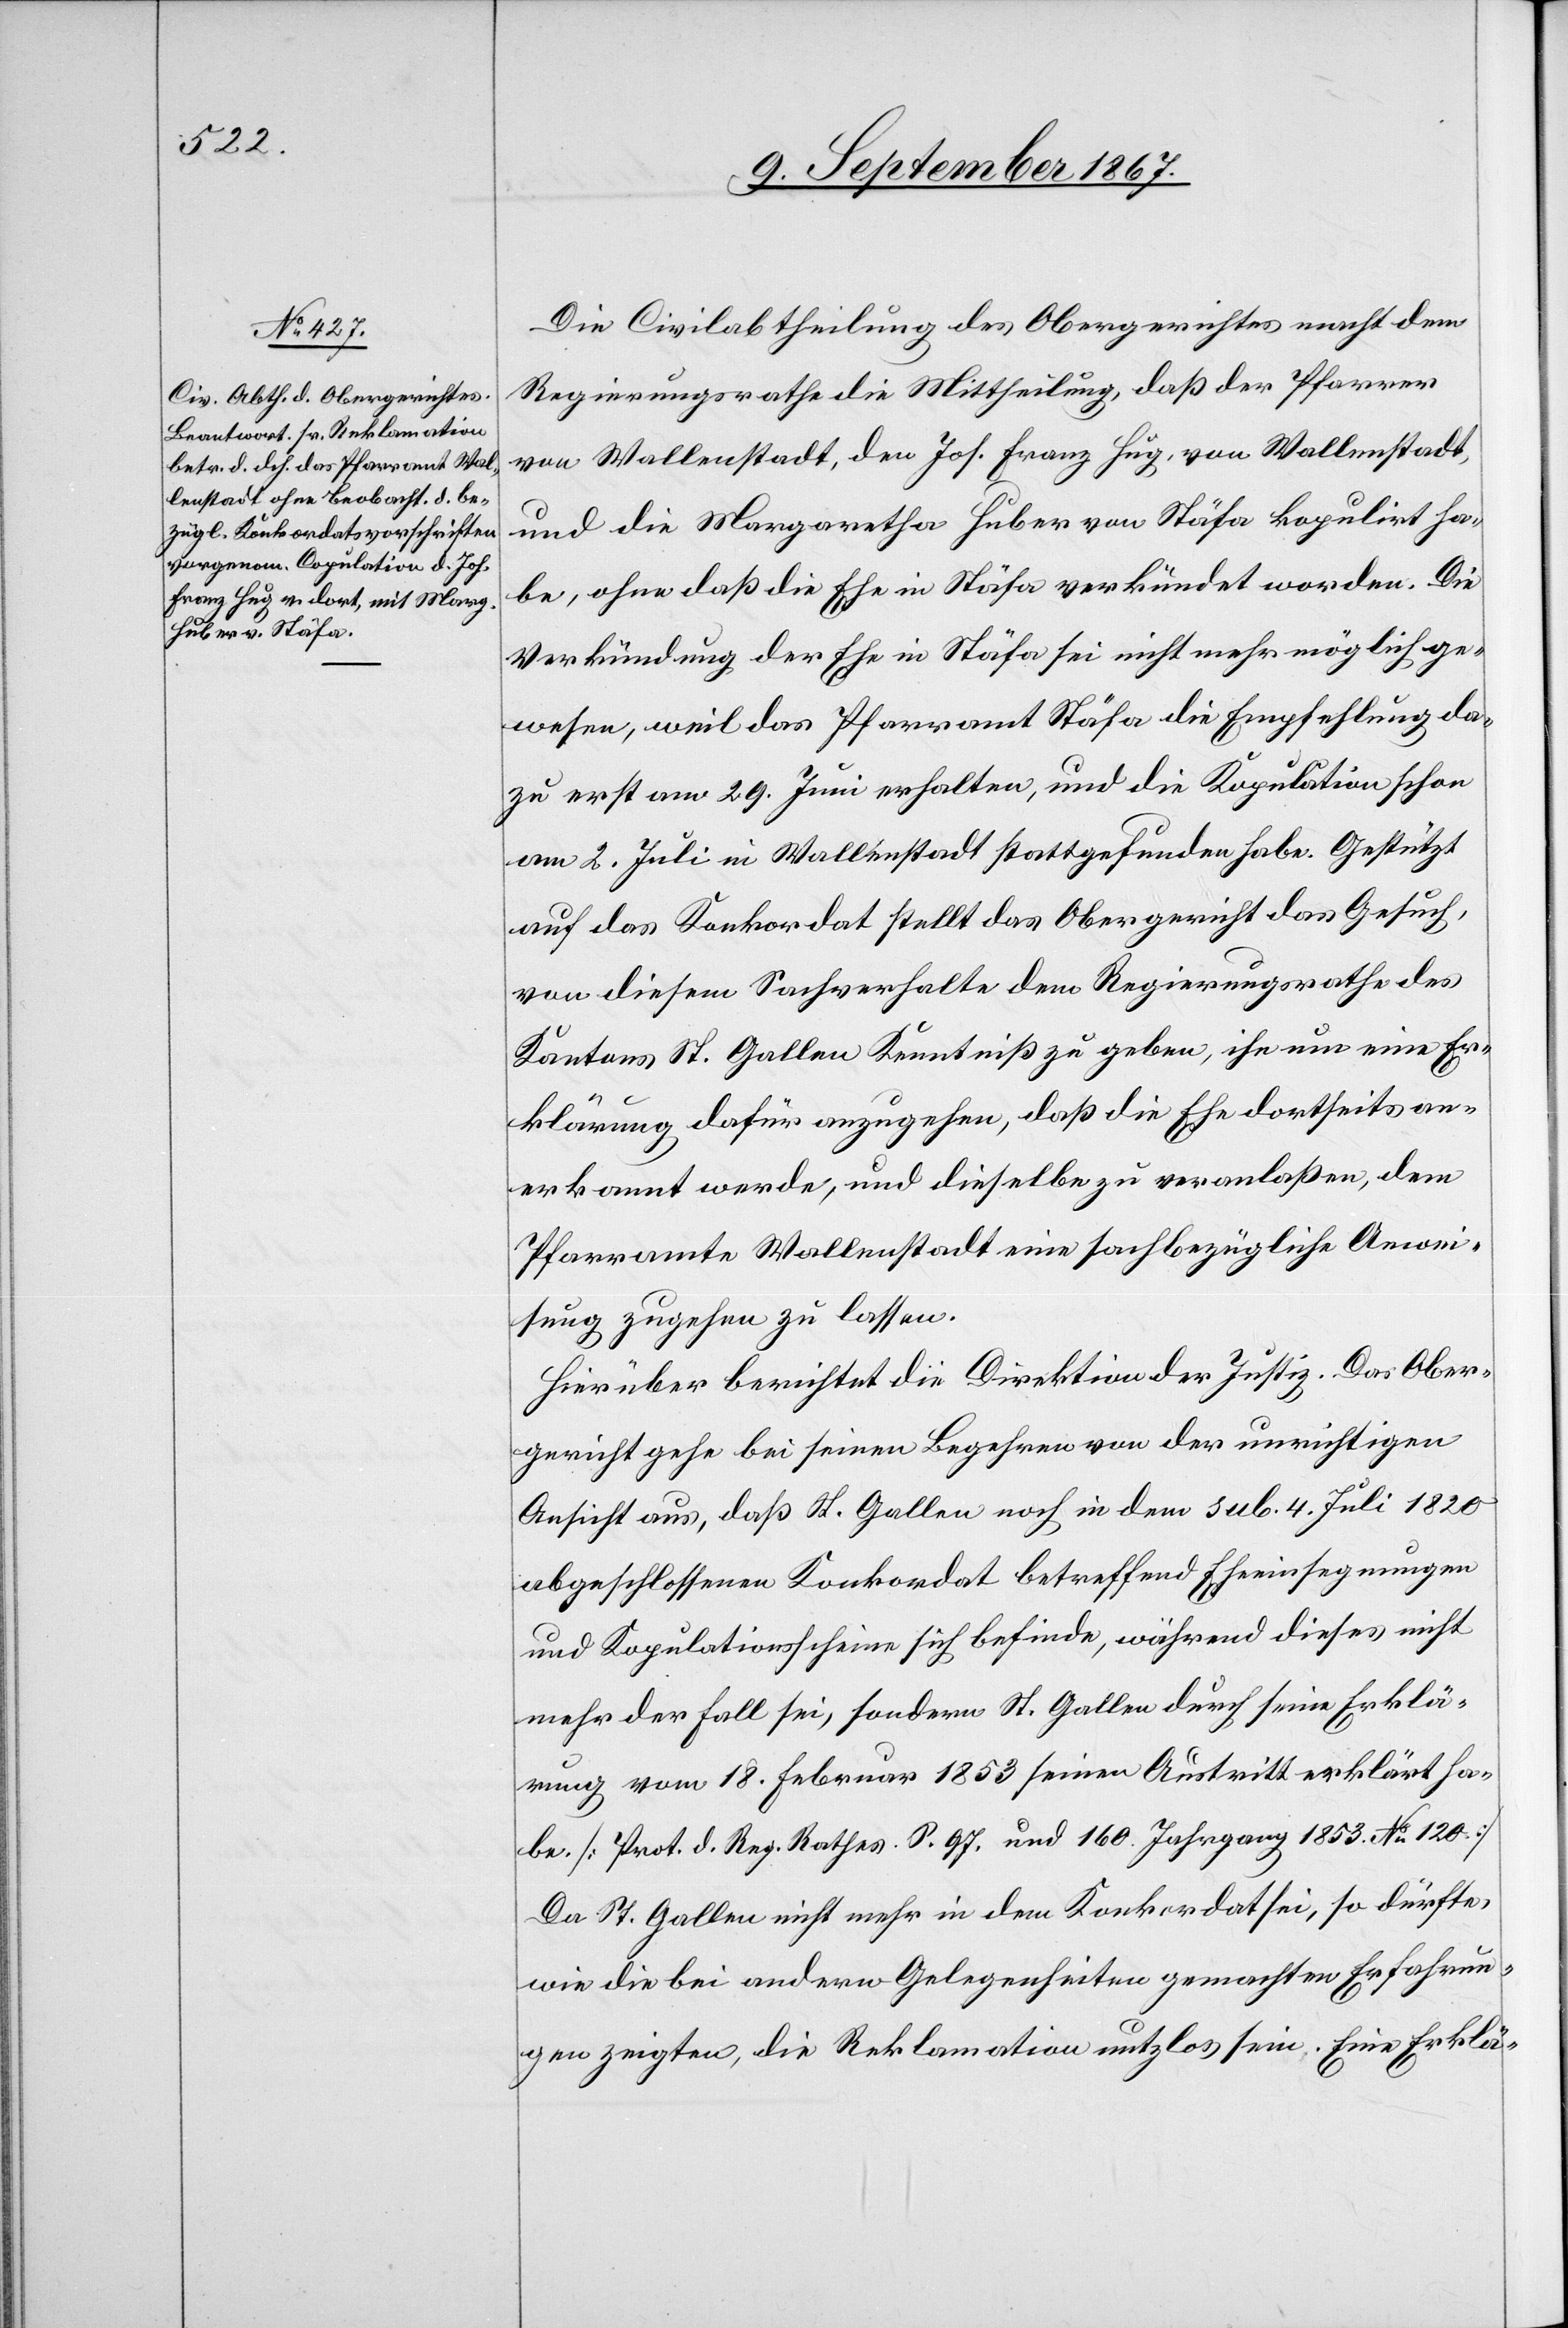
Die Civilabtheilung des Obergerichtes macht dem
Regierungsrathe die Mittheilung, daß der Pfarrer
von Wallenstadt, den Joh. Franz Hug, von Wallenstadt
und die Margaretha Huber von Stäfa kopulirt ha¬
be, ohne daß die Ehe in Stäfa verkündet worden. Die
Verkündung der Ehe in Stäfa sei nicht mehr möglich ge¬
wesen, weil das Pfarramt Stäfa die Empfehlung da¬
zu erst am 29. Juni erhalten, und die Kopulation schon
am 2. Juli in Wallenstadt stattgefunden habe. Gestützt
auf das Konkordat stellt das Obergericht das Gesuch,
von diesem Sachverhalt dem Regierungsrathe des
Kantons St. Gallen Kenntniß zu geben, ihn um eine Er¬
klärung dafür anzugehen, daß die Ehe dortseits an¬
erkannt werde, und dieselbe zu veranlaßen, dem
Pfarramte Wallenstadt eine sachbezügliche Anwei¬
sung zugehen zu lassen.
Hierüber berichtet die Direktion der Justiz. Das Ober¬
gericht gehe bei seinen Begehren von der unrichtigen
Ansicht aus, daß St. Gallen noch in dem sub. 4. Juli 1820
abgeschlossenen Konkordat betreffend Einsegnungen
und Kopulationsscheine sich befinde, während dieses nicht
mehr der Fall sei, sondern St. Gallen durch seine Erklä¬
rung vom 18. Februar 1853 seinen Austritt erklärt ha¬
be. [Prot. d. Reg. Rathes, S. 97 und 160, Jahrgang 1853 No. 120]
Da St. Gallen nicht mehr in dem Konkordat sei, so dürfte,
wie die bei andern Gelegenheiten gemachten Erfahrun¬
gen zeigten, die Reklamation nutzlos sein, Eine Erklä-